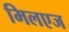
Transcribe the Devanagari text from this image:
मिलएज